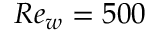
R e _ { w } = 5 0 0